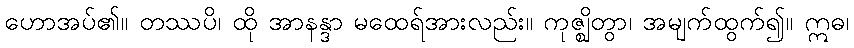
ဟောအပ်၏။ တဿပိ၊ ထို အာနန္ဒာ မထေရ်အားလည်း။ ကုဇ္ဈိတွာ၊ အမျက်ထွက်၍။ ဣဓ၊